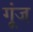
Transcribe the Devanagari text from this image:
गू्ंज